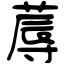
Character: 蓐